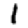
Digit: 1